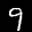
Label: 9